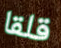
قلقا